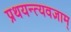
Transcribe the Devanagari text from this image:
प्रथयन्त्यवज्ञाम्‌